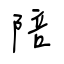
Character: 陪